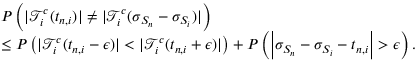
\begin{array} { r l } & { P \left( | \mathcal { T } _ { i } ^ { c } ( t _ { n , i } ) | \neq | \mathcal { T } _ { i } ^ { c } ( \sigma _ { S _ { n } } - \sigma _ { S _ { i } } ) | \right) } \\ & { \leq P \left( | \mathcal { T } _ { i } ^ { c } ( t _ { n , i } - \epsilon ) | < | \mathcal { T } _ { i } ^ { c } ( t _ { n , i } + \epsilon ) | \right) + P \left( \left| \sigma _ { S _ { n } } - \sigma _ { S _ { i } } - t _ { n , i } \right| > \epsilon \right) . } \end{array}